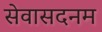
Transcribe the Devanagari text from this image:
सेवासदनम